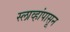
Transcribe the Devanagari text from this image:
स्लाव्हांपासून